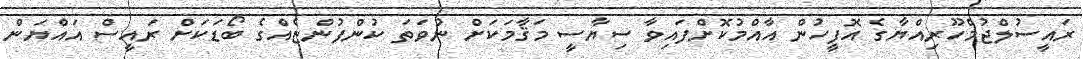
ރައީސުލްޖުމްހޫރިއްޔާގެ އޮފީހުން އާއްމުކޮށްފައިވާ ސިޔާސީ މަޤާމަކަށް ނުވަތަ ކުންފުންޏެއްގެ ބޯޑަކަށް ރައީސް އައްޔަން